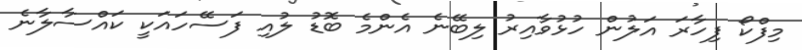
މިފްކޯ ފިހާރަ އަލުން ހުޅުވާއިރު ލިބޭނެ އެންމެ ބޮޑު ލުއި ފަސޭހައަކީ ކައްސާލާނެ